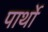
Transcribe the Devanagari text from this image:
पार्थो